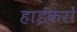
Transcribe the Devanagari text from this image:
हाईकरों